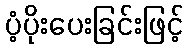
ပံ့ပိုးပေးခြင်းဖြင့်